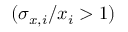
( \sigma _ { x , i } / x _ { i } > 1 )